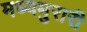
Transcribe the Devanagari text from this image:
मध्यमुरारी